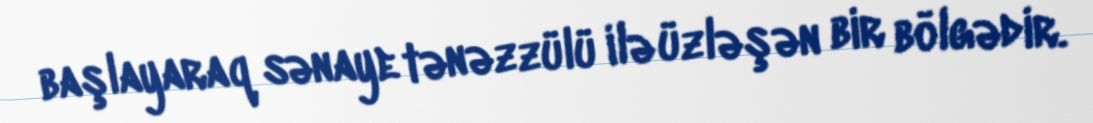
başlayaraq sənaye tənəzzülü ilə üzləşən bir bölgədir.